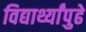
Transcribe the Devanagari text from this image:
विद्यार्थ्यांपुढे